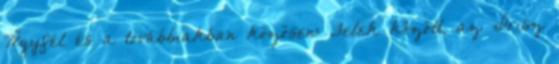
Ügyfél és a továbbiakban közösen: Felek között, az Írisz